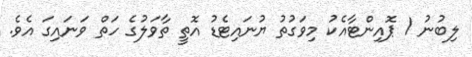
ލިބުނު 1 ޕޮއިންޓާއެކު މިވަގުތު ޔުނައިޓެޑު އޮތީ ތާވަލުގެ ހަތް ވަނައިގަ އެވެ.